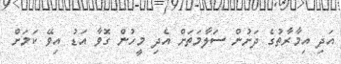
އަދި އިމާރާތުގެ ދަށުން ސަލާމަތަށް އެދި މީހުން ގޮވާ އަޑު އިވޭ ކަމަށް